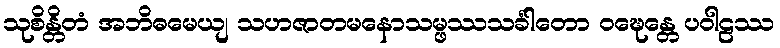
သုစိန္တိတံ အဘိဓမေယျ သဟဇာတမနောသမ္ဖဿသင်္ခါတော ဝဍ္ဎေန္တေ ပဝါဠဿ